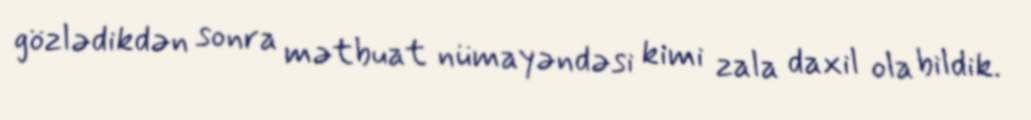
gözlədikdən sonra mətbuat nümayəndəsi kimi zala daxil ola bildik.